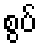
စွပ်